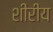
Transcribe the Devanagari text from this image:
शीरीय